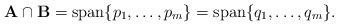
LaTeX: \begin{align*}\mathbf{A} \cap \mathbf{B} = \operatorname{span} \{p_1,\dots, p_m \} = \operatorname{span} \{q_1,\dots, q_m \}.\end{align*}